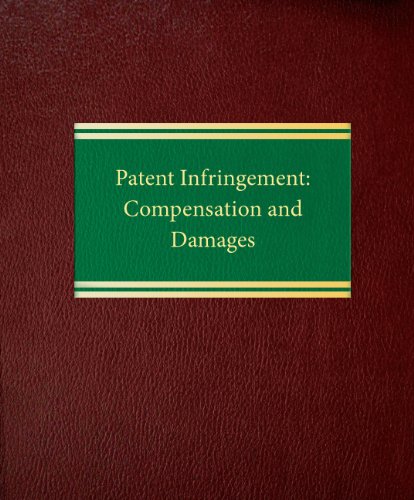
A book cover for Patent Infringement: Compensation and Damages (Intellectual Property  itigation Series); Bryan W. Butler; Law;